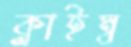
ক্লাইম্ব